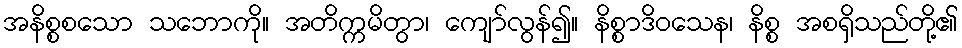
အနိစ္စစသော သဘောကို။ အတိက္ကမိတွာ၊ ကျော်လွန်၍။ နိစ္စာဒိဝသေန၊ နိစ္စ အစရှိသည်တို့၏